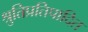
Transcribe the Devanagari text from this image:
श्रुतिप्रतिपादित